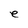
Character: e